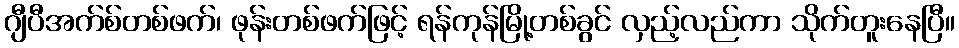
ဂျီပီအက်စ်တစ်ဖက်၊ ဖုန်းတစ်ဖက်ဖြင့် ရန်ကုန်မြို့တစ်ခွင် လှည့်လည်ကာ သိုက်တူးနေပြီ။